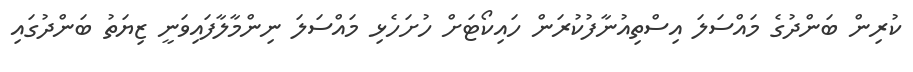
ކުރިން ބަންދުގެ މައްސަލަ އިސްތިއުނާފުކުރަން ހައިކޯޓަށް ހުށަހެޅި މައްސަލަ ނިންމާލާފައިވަނީ ޒިޔަތު ބަންދުގައި